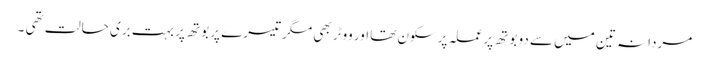
مردانہ تین میں سے دو بوتھ پر عملہ پرسکون تھا اور ووٹر بھی مگر تیسرے پر بوتھ پر بہت بری حالت تھی ۔